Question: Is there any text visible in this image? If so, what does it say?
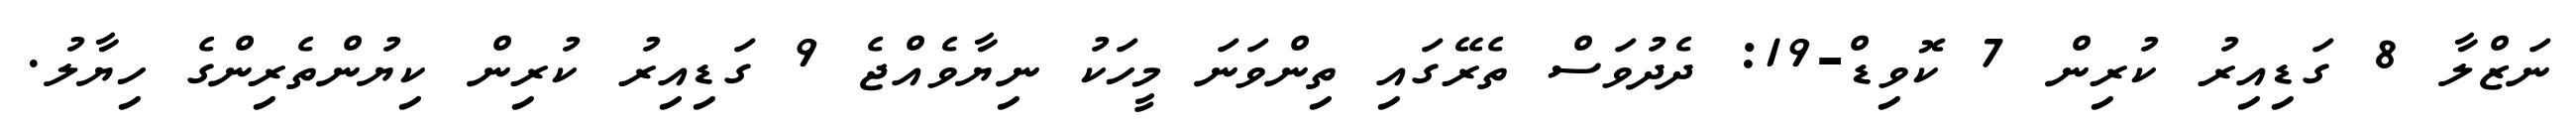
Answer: ނަޒްލާ 8 ގަޑިއިރު ކުރިން 7 ކޮވިޑް-19: ދެދުވަސް ތެރޭގައި ތިންވަނަ މީހަކު ނިޔާވެއްޖެ 9 ގަޑިއިރު ކުރިން ކިޔުންތެރިންގެ ހިޔާލު.